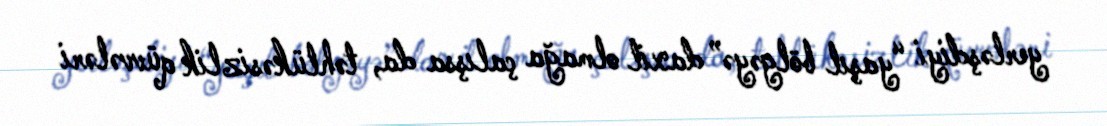
yerləşdiyi “yaşıl bölgəyə” daxil olmağa çalışsa da, təhlükəsizlik qüvvələri